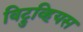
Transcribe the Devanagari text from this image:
विट्रुव्हियस